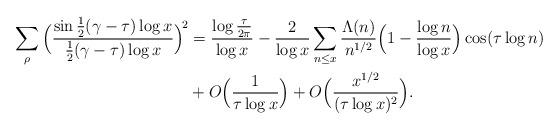
LaTeX: \begin{align*}\begin{aligned}\sum_\rho\Big(\frac{\sin\frac12(\gamma-\tau)\log x}{\frac12(\gamma-\tau)\log x}\Big)^{\!2}&= \frac{\log\frac{\tau}{2\pi}}{\log x} - \frac2{\log x}\sum_{n\le x}\frac{\Lambda(n)}{n^{1/2}}\Big(1-\frac{\log n}{\log x}\Big)\cos (\tau\log n) \\&+O\Big(\frac1{\tau\log x}\Big) +O\Big(\frac{x^{1/2}}{(\tau\log x)^2}\Big).\end{aligned}\end{align*}